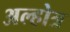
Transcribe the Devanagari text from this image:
अल्होत्र